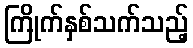
ကြိုက်နှစ်သက်သည့်